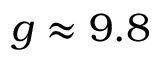
g \approx 9 . 8